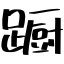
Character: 蹰